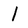
Character: 1